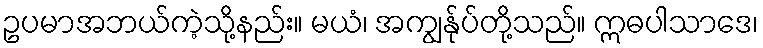
ဥပမာအဘယ်ကဲ့သို့နည်း။ မယံ၊ အကျွန်ုပ်တို့သည်။ ဣဓပါသာဒေ၊